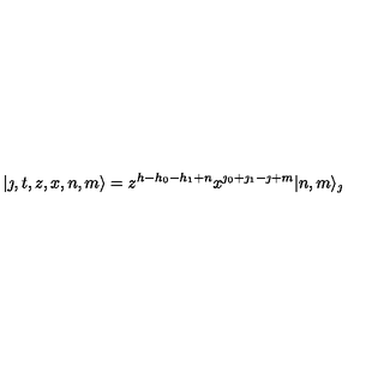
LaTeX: | \jmath , t , z , x , n , m \rangle = z ^ { h - h _ { 0 } - h _ { 1 } + n } x ^ { \jmath _ { 0 } + \jmath _ { 1 } - \jmath + m } | n , m \rangle _ { \jmath }